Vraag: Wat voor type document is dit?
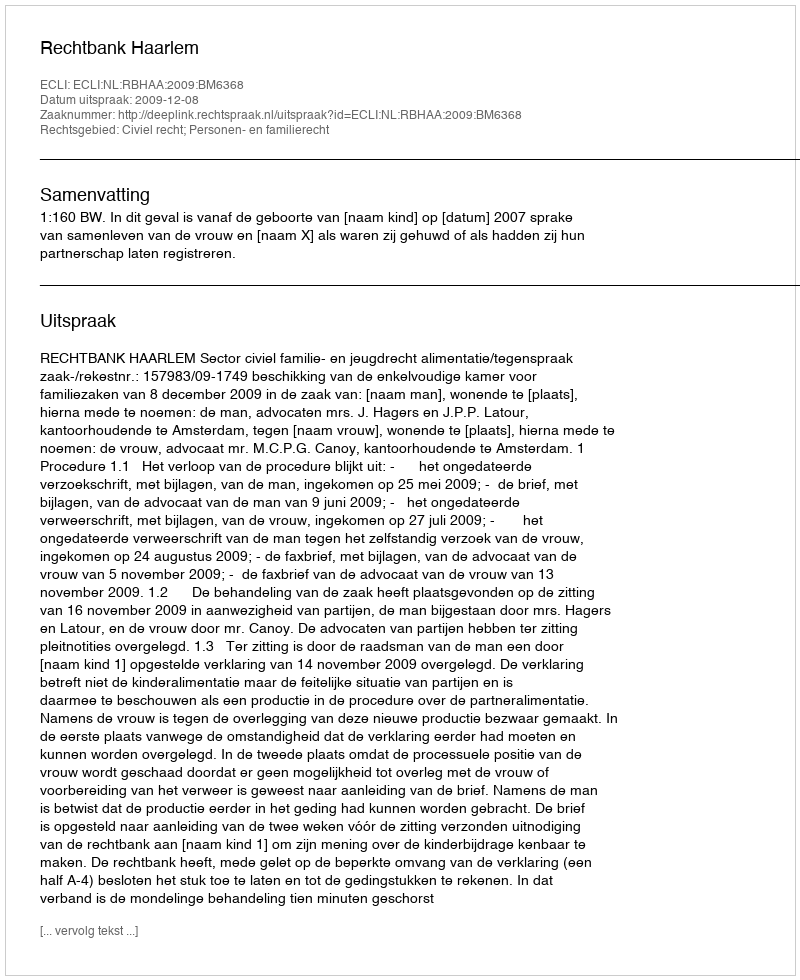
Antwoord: Uitspraak